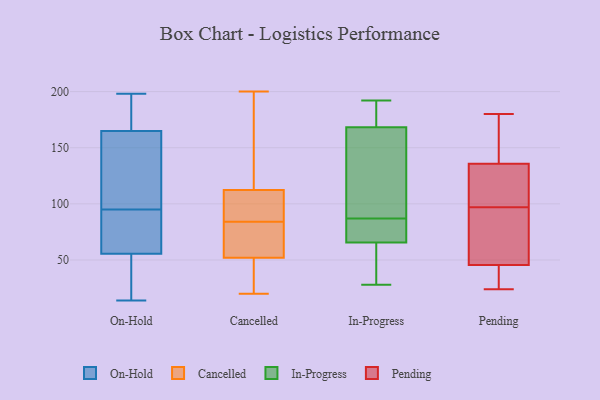
{"axis": {"x": "Demand Index", "y": "Value"}, "legend": ["Cancelled", "In-Progress", "On-Hold", "Pending"], "data": [{"x": "", "y": 70, "type": "On-Hold"}, {"x": "", "y": 23, "type": "On-Hold"}, {"x": "", "y": 140, "type": "On-Hold"}, {"x": "", "y": 60, "type": "On-Hold"}, {"x": "", "y": 158, "type": "On-Hold"}, {"x": "", "y": 192, "type": "On-Hold"}, {"x": "", "y": 14, "type": "On-Hold"}, {"x": "", "y": 52, "type": "On-Hold"}, {"x": "", "y": 56, "type": "On-Hold"}, {"x": "", "y": 163, "type": "On-Hold"}, {"x": "", "y": 181, "type": "On-Hold"}, {"x": "", "y": 109, "type": "On-Hold"}, {"x": "", "y": 81, "type": "On-Hold"}, {"x": "", "y": 198, "type": "On-Hold"}, {"x": "", "y": 167, "type": "On-Hold"}, {"x": "", "y": 55, "type": "On-Hold"}, {"x": "", "y": 79, "type": "Cancelled"}, {"x": "", "y": 84, "type": "Cancelled"}, {"x": "", "y": 20, "type": "Cancelled"}, {"x": "", "y": 107, "type": "Cancelled"}, {"x": "", "y": 105, "type": "Cancelled"}, {"x": "", "y": 49, "type": "Cancelled"}, {"x": "", "y": 100, "type": "Cancelled"}, {"x": "", "y": 200, "type": "Cancelled"}, {"x": "", "y": 115, "type": "Cancelled"}, {"x": "", "y": 167, "type": "Cancelled"}, {"x": "", "y": 64, "type": "Cancelled"}, {"x": "", "y": 61, "type": "Cancelled"}, {"x": "", "y": 114, "type": "Cancelled"}, {"x": "", "y": 24, "type": "Cancelled"}, {"x": "", "y": 21, "type": "Cancelled"}, {"x": "", "y": 48, "type": "In-Progress"}, {"x": "", "y": 90, "type": "In-Progress"}, {"x": "", "y": 73, "type": "In-Progress"}, {"x": "", "y": 78, "type": "In-Progress"}, {"x": "", "y": 107, "type": "In-Progress"}, {"x": "", "y": 169, "type": "In-Progress"}, {"x": "", "y": 67, "type": "In-Progress"}, {"x": "", "y": 28, "type": "In-Progress"}, {"x": "", "y": 192, "type": "In-Progress"}, {"x": "", "y": 87, "type": "In-Progress"}, {"x": "", "y": 117, "type": "In-Progress"}, {"x": "", "y": 54, "type": "In-Progress"}, {"x": "", "y": 172, "type": "In-Progress"}, {"x": "", "y": 182, "type": "In-Progress"}, {"x": "", "y": 166, "type": "In-Progress"}, {"x": "", "y": 65, "type": "In-Progress"}, {"x": "", "y": 50, "type": "In-Progress"}, {"x": "", "y": 176, "type": "In-Progress"}, {"x": "", "y": 68, "type": "In-Progress"}, {"x": "", "y": 97, "type": "Pending"}, {"x": "", "y": 53, "type": "Pending"}, {"x": "", "y": 160, "type": "Pending"}, {"x": "", "y": 180, "type": "Pending"}, {"x": "", "y": 30, "type": "Pending"}, {"x": "", "y": 154, "type": "Pending"}, {"x": "", "y": 110, "type": "Pending"}, {"x": "", "y": 37, "type": "Pending"}, {"x": "", "y": 77, "type": "Pending"}, {"x": "", "y": 43, "type": "Pending"}, {"x": "", "y": 24, "type": "Pending"}, {"x": "", "y": 138, "type": "Pending"}, {"x": "", "y": 120, "type": "Pending"}, {"x": "", "y": 80, "type": "Pending"}, {"x": "", "y": 129, "type": "Pending"}]}